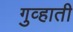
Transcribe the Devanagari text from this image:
गुव्हाती